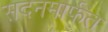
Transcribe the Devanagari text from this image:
सदनमार्फत